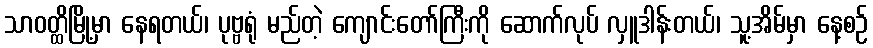
သာဝတ္ထိမြို့မှာ နေရတယ်၊ ပုဗ္ဗရုံ မည်တဲ့ ကျောင်းတော်ကြီးကို ဆောက်လုပ် လှူဒါန်းတယ်၊ သူ့အိမ်မှာ နေ့စဉ်